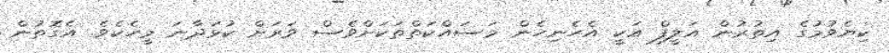
ކިޔެވުމުގެ އިތުރުން އަލީފް އަކީ އެހެނިހެން މަސައްކަތްތަކަށްވެސް ވަރަށް ކުޅަދާނަ މީހެކެވެ. އެގޮތުން